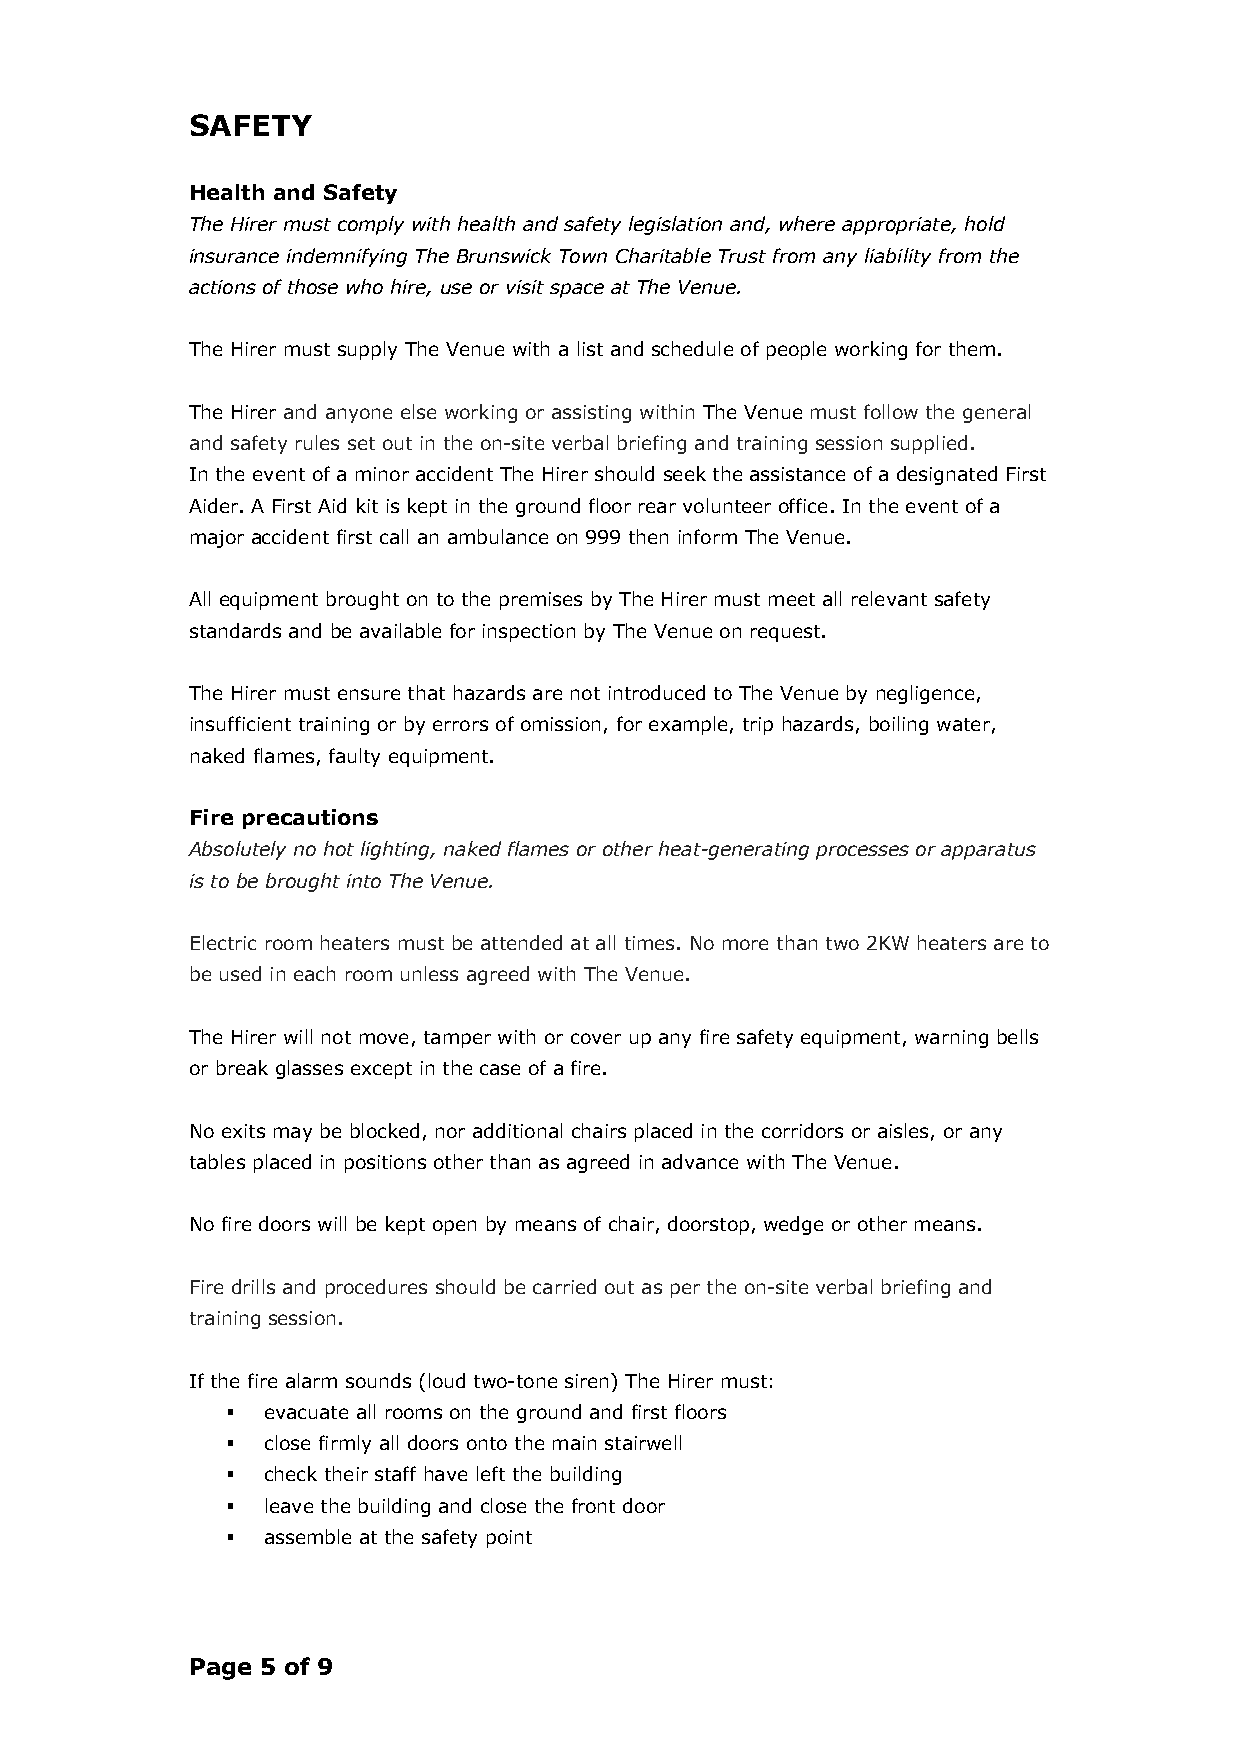
SAFETY
 Health and Safety
 The Hirer must comply with health and safety legislation and, where appropriate, hold
 insurance indemnifying The Brunswick Town Charitable Trust from any liability from the
 actions of those who hire, use or visit space at The Venue.
 The Hirer must supply The Venue with a list and schedule of people working for them.
 The Hirer and anyone else working or assisting within The Venue must follow the general
 and safety rules set out in the on-site verbal briefing and training session supplied.
 In the event of a minor accident The Hirer should seek the assistance of a designated First
 Aider. A First Aid kit is kept in the ground floor rear volunteer office. In the event of a
 major accident first call an ambulance on 999 then inform The Venue.
 All equipment brought on to the premises by The Hirer must meet all relevant safety
 standards and be available for inspection by The Venue on request.
 The Hirer must ensure that hazards are not introduced to The Venue by negligence,
 insufficient training or by errors of omission, for example, trip hazards, boiling water,
 naked flames, faulty equipment.
 Fire precautions
 Absolutely no hot lighting, naked flames or other heat-generating processes or apparatus
 is to be brought into The Venue.
 Electric room heaters must be attended at all times. No more than two 2KW heaters are to
 be used in each room unless agreed with The Venue.
 The Hirer will not move, tamper with or cover up any fire safety equipment, warning bells
 or break glasses except in the case of a fire.
 No exits may be blocked, nor additional chairs placed in the corridors or aisles, or any
 tables placed in positions other than as agreed in advance with The Venue.
 No fire doors will be kept open by means of chair, doorstop, wedge or other means.
 Fire drills and procedures should be carried out as per the on-site verbal briefing and
 training session.
 If the fire alarm sounds (loud two-tone siren) The Hirer must:
 § evacuate all rooms on the ground and first floors
 § close firmly all doors onto the main stairwell
 § check their staff have left the building
 § leave the building and close the front door
 § assemble at the safety point
 Page 5 of 9